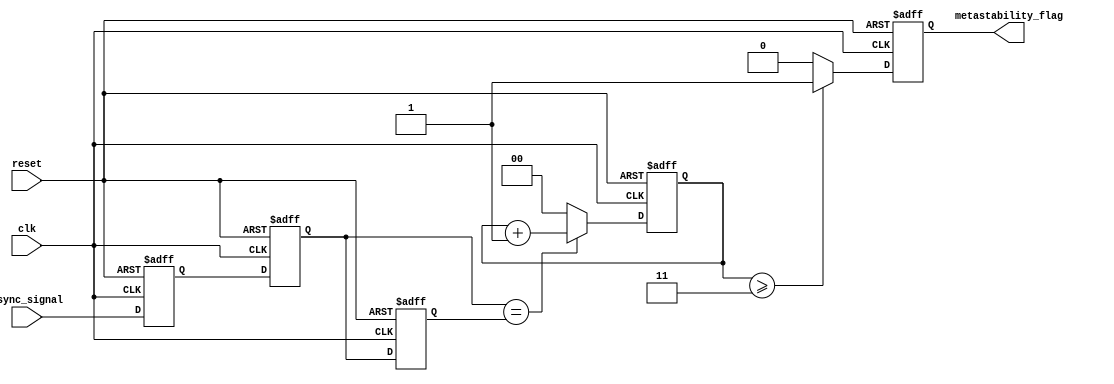
module metastability_detector (
    input wire clk,               // Clock signal
    input wire reset,             // Reset signal
    input wire async_signal,      // Asynchronous input signal
    output reg metastability_flag  // Output signal indicating metastability
);

    // Internal signals
    reg latch1_out;               // Output of the first latch
    reg latch2_out;               // Output of the second latch
    reg [1:0] stable_counter;      // Counter to monitor stability
    reg previous_latch2_out;      // Previous output of the second latch

    // Latch 1: Sample the asynchronous signal
    always @(posedge clk or posedge reset) begin
        if (reset) begin
            latch1_out <= 1'b0;    // Reset latch output
        end else begin
            latch1_out <= async_signal; // Sample async signal
        end
    end

    // Latch 2: Sample the output of latch 1
    always @(posedge clk or posedge reset) begin
        if (reset) begin
            latch2_out <= 1'b0;    // Reset latch output
        end else begin
            latch2_out <= latch1_out; // Sample output of latch 1
        end
    end

    // Memory Block: Store the output of latch 2
    always @(posedge clk or posedge reset) begin
        if (reset) begin
            previous_latch2_out <= 1'b0; // Reset previous output
            stable_counter <= 2'b00;      // Reset counter
            metastability_flag <= 1'b0;   // Clear metastability flag
        end else begin
            // Check for stability
            if (latch2_out == previous_latch2_out) begin
                stable_counter <= stable_counter + 1; // Increment counter
            end else begin
                stable_counter <= 2'b00; // Reset counter on change
            end

            // Update previous latch output
            previous_latch2_out <= latch2_out;

            // Detect metastability condition
            if (stable_counter >= 2'b11) begin // Example threshold for stability
                metastability_flag <= 1'b1; // Flag metastability
            end else begin
                metastability_flag <= 1'b0; // Clear flag
            end
        end
    end

endmodule